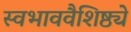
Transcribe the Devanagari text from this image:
स्वभाववैशिष्ठ्ये